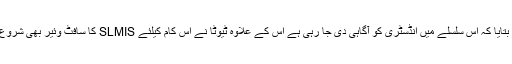
انہوں نے بتایا کہ اس سلسلے میں انڈسٹری کو آگاہی دی جا رہی ہے اس کے علاوہ ٹیوٹا نے اس کام کیلئے SLMIS کا سافٹ وئیر بھی شروع کیا ہے ۔